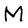
Character: M